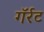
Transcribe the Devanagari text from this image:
गॅर्रट